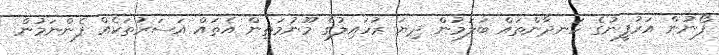
ފޯނުން އަރުފީނުގެ ހަނދާންތައް ބަލަމުން ދިޔަ ރުހައިލުގެ މޫނުމަތިން އެތައް އަސަރުތަކެއް ފެންނަމުން